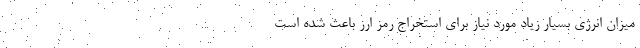
میزان انرژی بسیار زیاد مورد نیاز برای استخراج رمز ارز باعث شده است